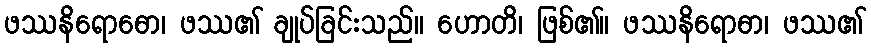
ဖဿနိရောဓော၊ ဖဿ၏ ချုပ်ခြင်းသည်။ ဟောတိ၊ ဖြစ်၏။ ဖဿနိရောဓာ၊ ဖဿ၏